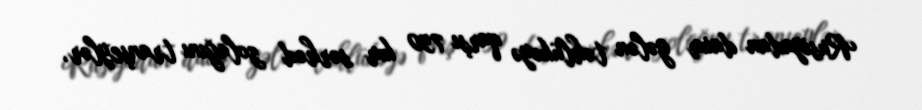
Rusiyadan daim gələn təhlükəyə qarşı 750 km sərhəd zolağını tranşeylər,